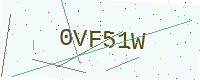
Text: 0VF51W